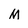
Character: M